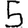
Digit: 5